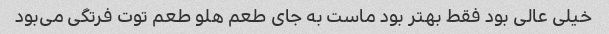
خیلی عالی بود فقط بهتر بود ماست به جای طعم هلو طعم توت فرتگی می‌بود